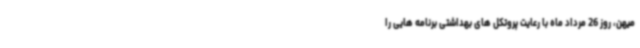
میهن، روز 26 مرداد ماه با رعایت پروتکل های بهداشتی برنامه هایی را